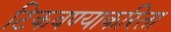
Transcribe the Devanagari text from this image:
टिकवण्याकरिता